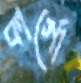
কার্গো